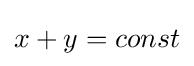
x+y=const